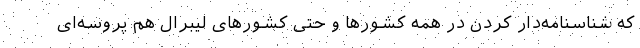
که شناسنامه‌دار کردن در همه کشورها و حتی کشورهای لیبرال هم پروسه‌ای